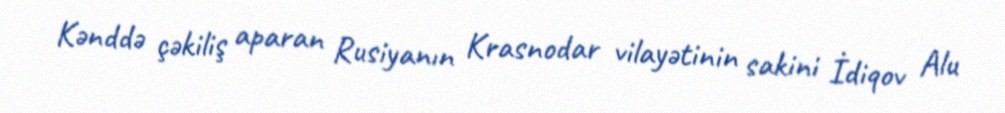
Kənddə çəkiliş aparan Rusiyanın Krasnodar vilayətinin sakini İdiqov Alu